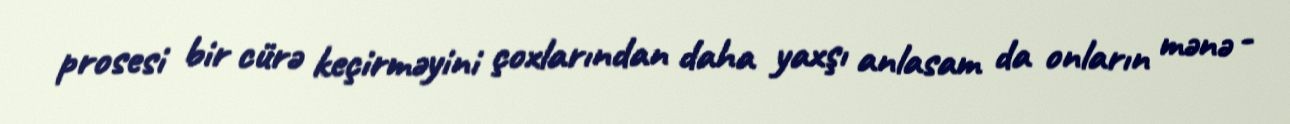
prosesi bir cürə keçirməyini çoxlarından daha yaxşı anlasam da onların mənə -